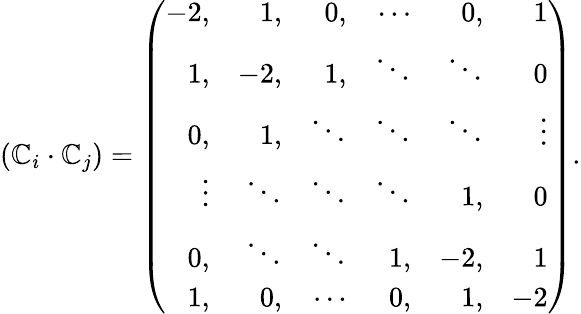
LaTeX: (\mathbb{C}_{i}\cdot\mathbb{C}_{j})=\left(\begin{array}{rrrrrr}{{-2,}}&{{1,}}&{{0,}}&{{\cdots}}&{{0,}}&{{1}}\\ {{1,}}&{{-2,}}&{{1,}}&{{\ddots}}&{{\ddots}}&{{0}}\\ {{0,}}&{{1,}}&{{\ddots}}&{{\ddots}}&{{\ddots}}&{{\vdots}}\\ {{\vdots}}&{{\ddots}}&{{\ddots}}&{{\ddots}}&{{1,}}&{{0}}\\ {{0,}}&{{\ddots}}&{{\ddots}}&{{1,}}&{{-2,}}&{{1}}\\ {{1,}}&{{0,}}&{{\cdots}}&{{0,}}&{{1,}}&{{-2}}\end{array}\right).